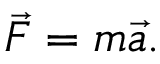
{ \vec { F } } = m { \vec { a } } .